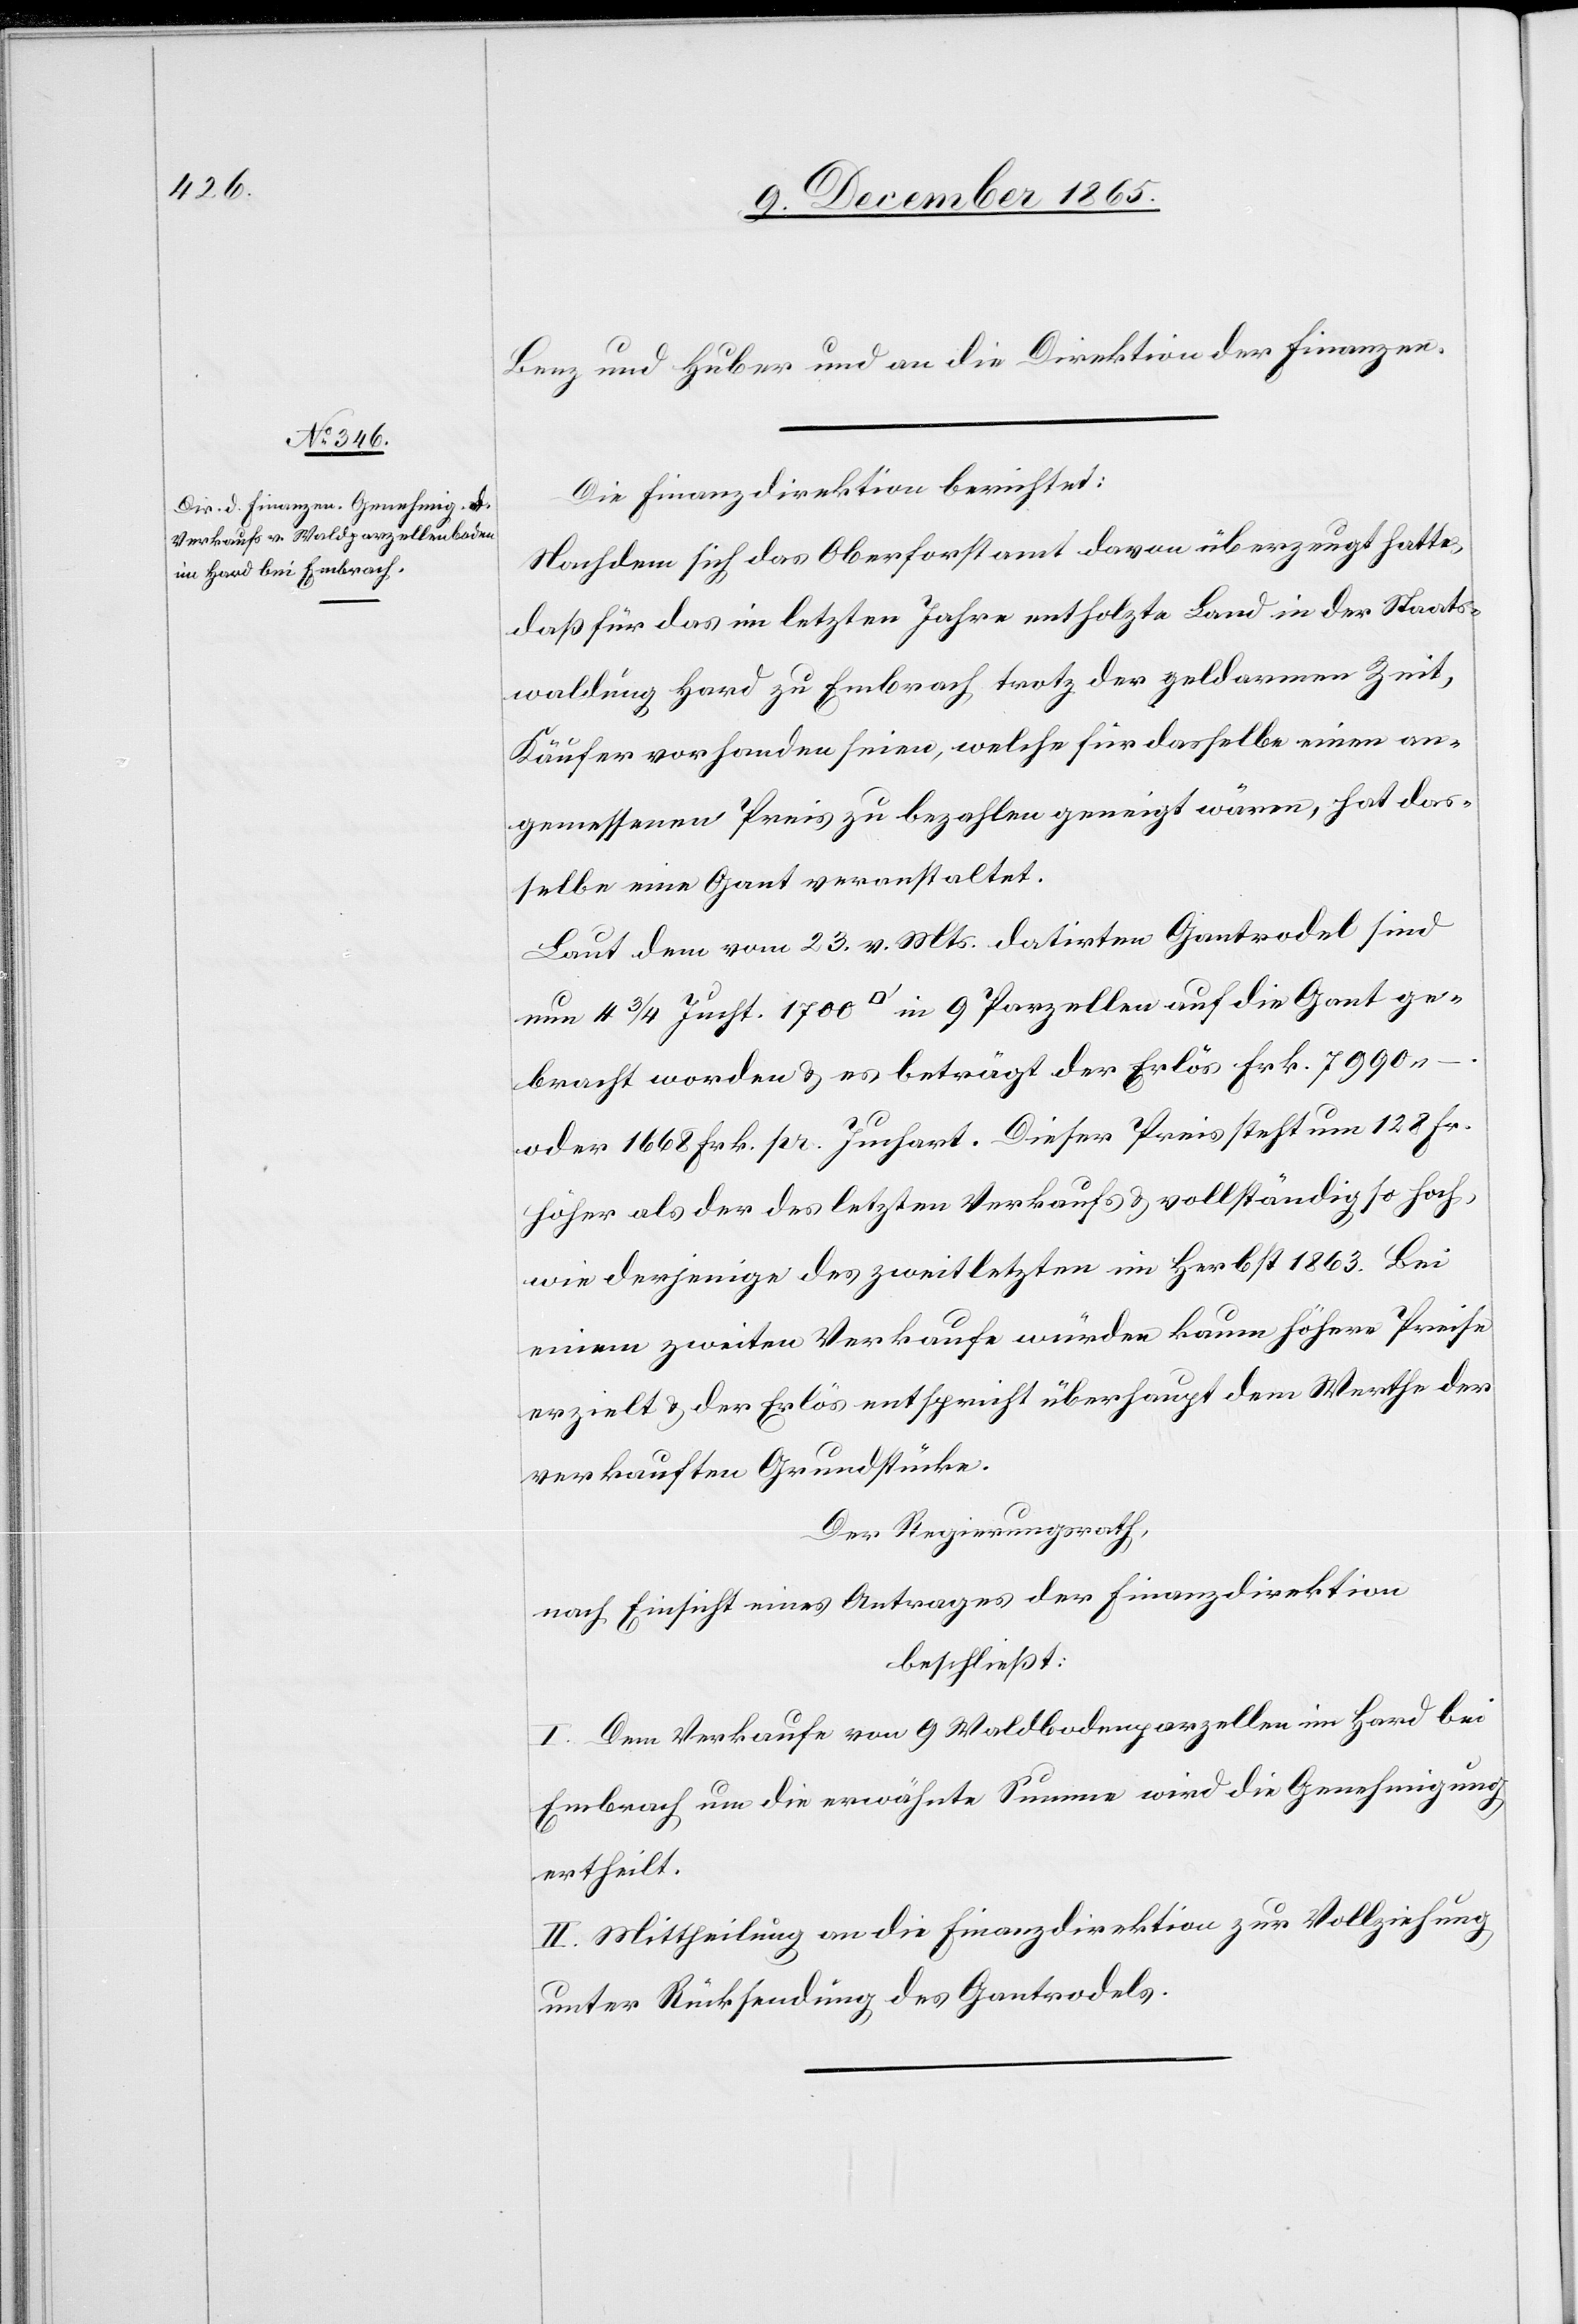
Benz und Huber und an die Direktion der Finanzen.
Die Finanzdirektion berichtet:
Nachdem sich das Oberforstamt davon überzeugt hatte,
daß für das im letzten Jahre entholzte Land in der Staats¬
waldung Hard zu Embrach trotz der geldarmen Zeit,
Käufer vorhanden seien, welche für dasselbe einen an¬
gemessenen Preis zu bezahlen geneigt wären, hat das¬
selbe eine Gant veranstaltet.
Laut dem vom 23. v. Mts. datirten Gantrodel sind
nun 4 3/4 Jucht. 1700 [Quadratfuss] in 9 Parzellen auf die Gant ge¬
bracht worden & es beträgt der Erlös Frk. 7990.–
oder 1668 Frk. pr. Juchart. Dieser Preis steht um 128 Fr.
höher als der des letzten Verkaufs & vollständig so hoch,
wie derjenige des zweitletzten im Herbst 1863. Bei
einem zweiten Verkaufe würden kam höhere Preise
erzielt & der Erlös entspricht überhaupt dem Werthe der
verkauften Grundstücke.
Der Regierungsrath,
nach Einsicht eines Antrages der Finanzdirektion,
beschließt:
I. Dem Verkaufe von 9 Waldbodenparzellen im Hard bei
Embrach um die erwähnte Summe wird die Genehmigung
ertheilt.
II. Mittheilung an die Finanzdirektion zur Vollziehung
unter Rücksendung des Gantrodels.